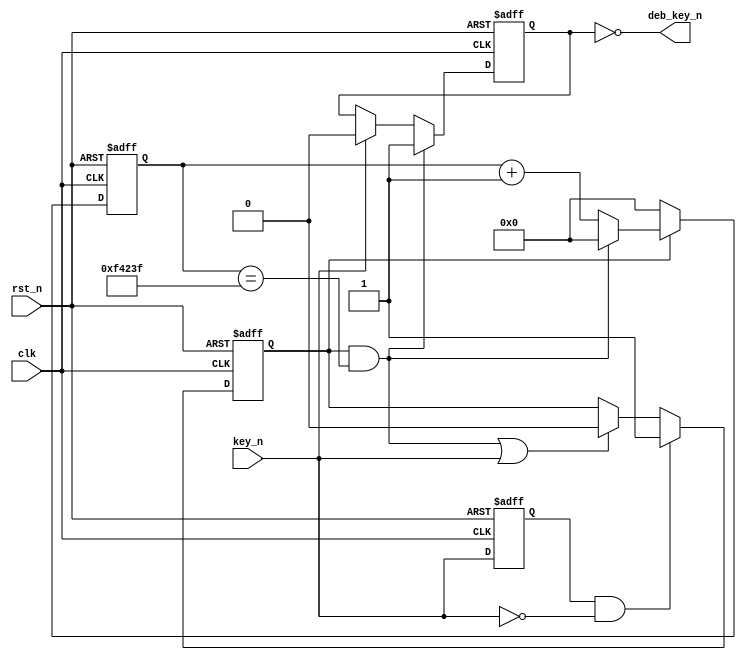
module key_debounce(
    input clk,
    input rst_n,

    input key_n,
    output deb_key_n
    );

parameter INTERVAL = 1_000_000;
parameter WIDTH = $clog2(INTERVAL + 1);

reg key_nr;
always @ (posedge clk or negedge rst_n) begin
    if (rst_n==1'b0)
        key_nr <= 1;
    else 
        key_nr <= key_n;
end

wire key_pulse = key_nr & ~key_n;

reg key_pressed;
always @ (posedge clk or negedge rst_n) begin
    if (rst_n==1'b0)
        key_pressed <= 0;
    else if (key_pulse)
        key_pressed <= 1;
    else if (end_cnt || key_n) begin
        key_pressed <= 0;
    end
end

reg[WIDTH-1:0] cnt;
always @ (posedge clk or negedge rst_n) begin
    if (rst_n==1'b0) begin
        cnt <= 0;
    end
    else if (add_cnt) begin
        if (end_cnt)
            cnt <= 0;
        else
            cnt <= cnt + 1'b1;
    end
    else begin
        cnt <= 0;
    end
end

assign add_cnt = key_pressed;
assign end_cnt = add_cnt && cnt == INTERVAL - 1;

reg key_stabled;
always @ (posedge clk or negedge rst_n) begin
    if (rst_n==1'b0)
        key_stabled <= 0;
    else if (end_cnt)
        key_stabled <= 1;
    else if (key_n) begin
        key_stabled <= 0;
    end
end

assign deb_key_n = ~key_stabled;

endmodule